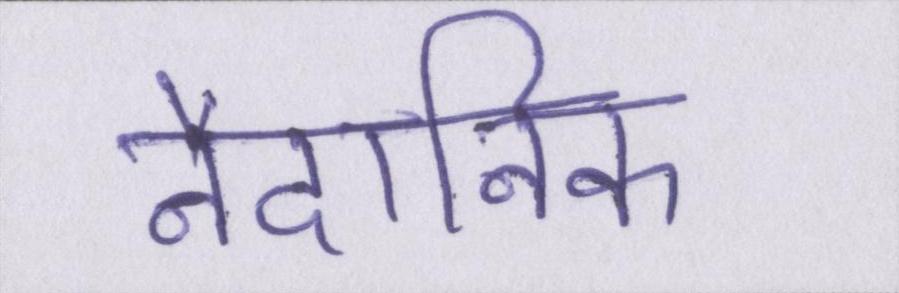
नैदानिक